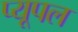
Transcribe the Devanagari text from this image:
प्यूपल